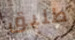
طليق